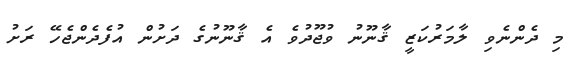
މި ދެންނެވި ލާމަރުކަޒީ ޤާނޫނު ވުޖޫދުވެ އެ ޤާނޫނުގެ ދަށުން އުފެދެންޖެހޭ ރަށު